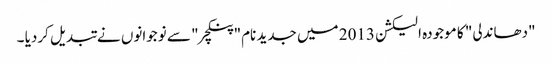
"دھاندلی" کا موجودہ الیکشن 2013 میں جدید نام" پنکچر" سے نوجوانوں نے تبدیل کردیا ۔